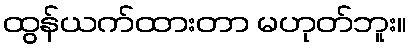
ထွန်ယက်ထားတာ မဟုတ်ဘူး။